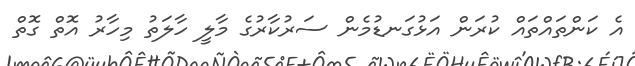
އެ ކަންތައްތައް ކުރަން އަޅުގަނޑުމެން ސަރުކާރުގެ މާލީ ހާލަތު މިހާރު އޮތް ގޮތް